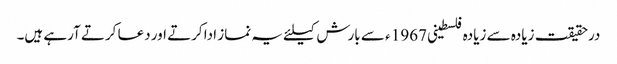
درحقیقت زیادہ سے زیادہ فلسطینی 1967 ء سے بارش کیلئے یہ نماز ادا کرتے اور دعا کرتے آرہے ہیں۔